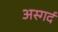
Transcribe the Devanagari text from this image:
अस्गर्द